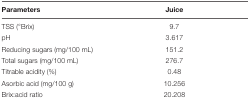
<table><thead><tr><td><b>Parameters</b></td><td><b>Juice</b></td></tr></thead><tbody><tr><td>TSS (°Brix)</td><td>9.7</td></tr><tr><td>pH</td><td>3.617</td></tr><tr><td>Reducing sugars (mg/100 mL)</td><td>151.2</td></tr><tr><td>Total sugars (mg/100 mL)</td><td>276.7</td></tr><tr><td>Titrable acidity (%)</td><td>0.48</td></tr><tr><td>Asorbic acid (mg/100 g)</td><td>10.256</td></tr><tr><td>Brix:acid ratio</td><td>20.208</td></tr></tbody></table>